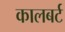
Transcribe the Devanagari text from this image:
कालबर्ट